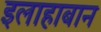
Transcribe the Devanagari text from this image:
इलाहाबान